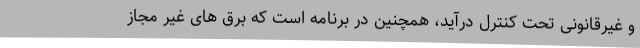
و غیرقانونی تحت کنترل درآید، همچنین در برنامه است که برق های غیر مجاز